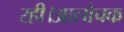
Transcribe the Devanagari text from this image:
रही।आलोचक